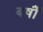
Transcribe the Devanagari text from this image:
बर्षोंं